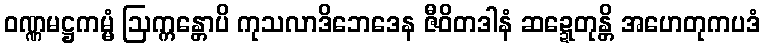
ဝဏ္ဏမဋ္ဌကမ္မံ ဩက္ကန္တောပိ ကုသလာဒိဘေဒေန ဇီဝိတဒါနံ ဆဍ္ဍေတုန္တိ အဟေတုကပဒံ